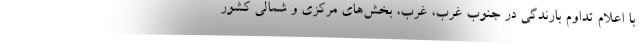
با اعلام تداوم بارندگی در جنوب غرب، غرب، بخش‌های مرکزی و شمالی کشور